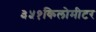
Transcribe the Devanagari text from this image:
३५१किलोमीटर